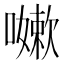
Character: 𭋯